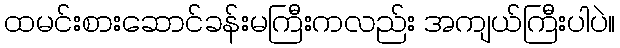
ထမင်းစားဆောင်ခန်းမကြီးကလည်း အကျယ်ကြီးပါပဲ။